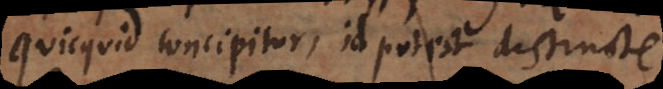
Quicquid concipitur, id potest distincte